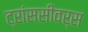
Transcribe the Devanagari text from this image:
ट्रांससीवर्स